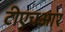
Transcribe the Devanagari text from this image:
टीएचआर